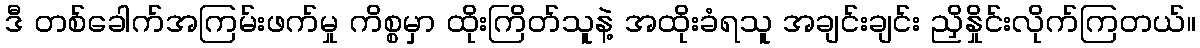
ဒီ တစ်ခေါက်အကြမ်းဖက်မှု ကိစ္စမှာ ထိုးကြိတ်သူနဲ့ အထိုးခံရသူ အချင်းချင်း ညှိနှိုင်းလိုက်ကြတယ်။